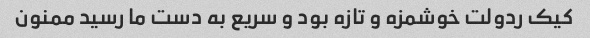
کیک ردولت خوشمزه و تازه بود و سریع به دست ما رسید ممنون